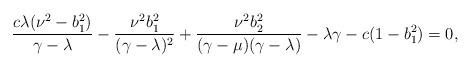
LaTeX: \begin{align*}\displaystyle\frac{c\lambda(\nu^{2}-b_{1}^{2})}{\gamma-\lambda}-\displaystyle\frac{\nu^{2}b_{1}^{2}}{(\gamma-\lambda)^{2}}+\displaystyle\frac{\nu^{2}b_{2}^{2}}{(\gamma-\mu)(\gamma-\lambda)}-\lambda\gamma-c(1-b_{1}^{2})=0,\end{align*}